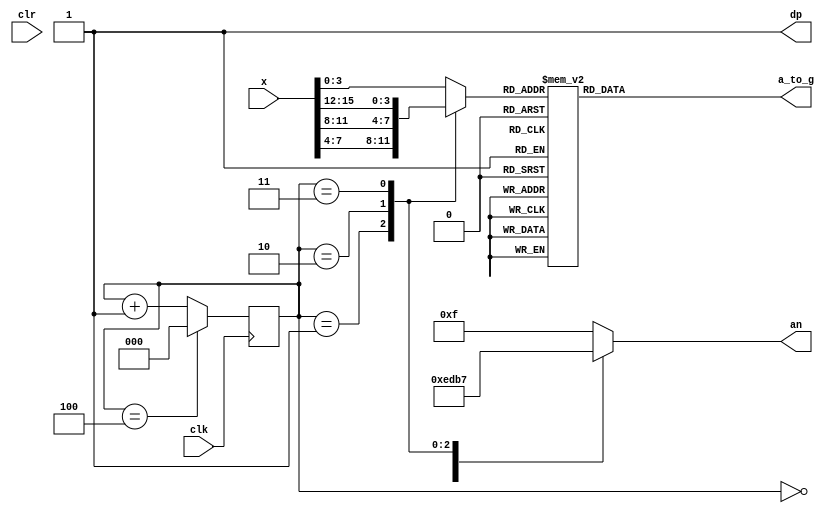
`timescale 1ns / 1ps
//////////////////////////////////////////////////////////////////////////////////
// Company: 
// Engineer: 
// 
// Design Name: 
// Module Name: seg7
// Project Name: 
// Target Devices: 
// Tool Versions: 
// Description: 
// 
// Dependencies: 
// 
// Revision:
// Revision 0.01 - File Created
// Additional Comments:
// 
//////////////////////////////////////////////////////////////////////////////////


module seg7(
    input wire [15:0] x,
    input wire clk,
    input wire clr,
    output reg [3:0] an,
    output reg [6:0] a_to_g,
    output wire dp
    );
    
    
    reg [2:0] s=0;
    reg [3:0] number;
    
    assign dp = 1;
    assign enable = 4'b1111;


    always @(posedge clk)
    begin
        s <= s + 1;
        if( s == 4 )
            s <= 0;
        end
    
    always @( * )   
        case(s)
            0: number = x[3:0];
            1: number = x[7:4];
            2: number = x[11:8];
            3: number = x[15:12];
            default: number = x[3:0];
        endcase


    always @( * )
        case(s)
            0: an<=4'b1110;
            1: an<=4'b1101;
            2: an<=4'b1011;
            3: an<=4'b0111;
            default: an<=4'b1111;
        endcase
    
    always @(*)
        case(number)
            0: a_to_g = 7'b0000001;
            1: a_to_g = 7'b1001111;
            2: a_to_g = 7'b0010010;
            3: a_to_g = 7'b0000110;
            4: a_to_g = 7'b1001100;
            5: a_to_g = 7'b0100100;
            6: a_to_g = 7'b0100000;
            7: a_to_g = 7'b0001111;
            8: a_to_g = 7'b0000000;
            9: a_to_g = 7'b0000100;
            'hA: a_to_g = 7'b0001000;
            'hB: a_to_g = 7'b1100000;
            'hC: a_to_g = 7'b0110001;
            'hD: a_to_g = 7'b1000010;
            'hE: a_to_g = 7'b0110000;
            'hF: a_to_g = 7'b0111000;
            default: a_to_g = 7'b0000001;
        endcase
    

    
endmodule